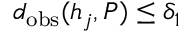
d _ { \mathrm { o b s } } ( h _ { j } , P ) \leq \delta _ { 1 }